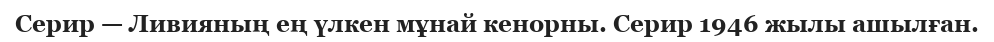
Серир — Ливияның ең үлкен мұнай кенорны. Серир 1946 жылы ашылған.